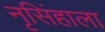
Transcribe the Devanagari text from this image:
नृसिंहाला